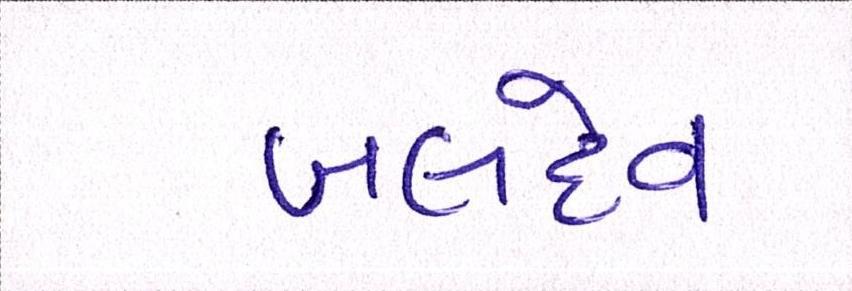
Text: બલદેવ